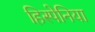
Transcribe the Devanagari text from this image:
हिस्पेनिया